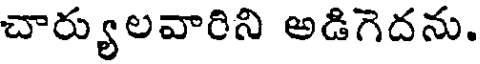
చార్యులవారిని అడిగెదను.